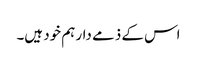
اس کے ذمے دار ہم خود ہیں۔